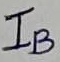
Text: I2